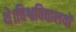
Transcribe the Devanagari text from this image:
थे।विश्वविद्यालयों